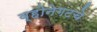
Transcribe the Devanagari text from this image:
व्होनेगटचे